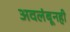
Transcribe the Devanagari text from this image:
अवलंबूनही